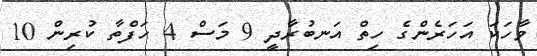
ވާހަކަ އަހަރެންގެ ހިތް އަނބުރާދީ 9 މަސް 4 ހަފްތާ ކުރިން 10